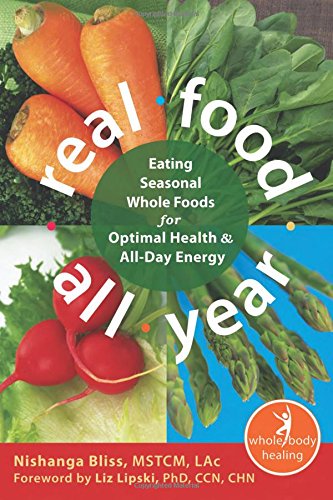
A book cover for Real Food All Year: Eating Seasonal Whole Foods for Optimal Health and All-Day Energy (The New Harbinger Whole-Body Healing Series); Nishanga Bliss MSTCM  LAc; Cookbooks, Food & Wine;